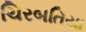
ચિરબતિયા